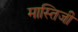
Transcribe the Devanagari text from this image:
मास्तिजी